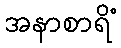
အနာစာရိံ